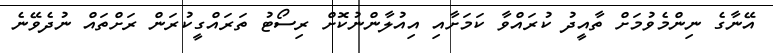
އޭނާގެ ނިންމެވުމަށް ތާއީދު ކުރައްވާ ކަމަށާއި އިއުލާންނުކޮށް ރިސޯޓު ތަރައްގީކުރަން ރަށްތައް ނުދެވޭނެ